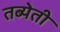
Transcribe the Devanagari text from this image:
तब्येती